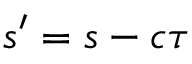
s ^ { \prime } = s - c \tau